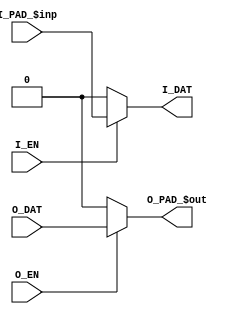
module BIDIR_CELL(
    I_PAD_$inp, I_DAT, I_EN,
    O_PAD_$out, O_DAT, O_EN
);
    (* iopad_external_pin *)
    input  wire I_PAD_$inp;
    input  wire I_EN;

    input  wire O_DAT;
    input  wire O_EN;

    (* DELAY_CONST_I_PAD_$inp="{iopath_IP_IZ}" *)
    (* DELAY_CONST_I_EN="1e-10" *)  // No timing for IE/INEN -> IZ in LIB/SDF.
    output wire I_DAT;

    (* DELAY_CONST_O_DAT="{iopath_OQI_IP}" *)
    (* DELAY_CONST_O_EN="{iopath_IE_IP}" *)
	(* iopad_external_pin *)
    output wire O_PAD_$out;
	
    specify
        (O_DAT => O_PAD_$out) = (0,0);
        (O_EN => O_PAD_$out) = (0,0);
        (I_PAD_$inp => I_DAT) = (0,0);
        (I_EN => I_DAT) = (0,0);
    endspecify

    // Parameters
    parameter [0:0] ESEL    = 0;
    parameter [0:0] OSEL    = 0;
    parameter [0:0] FIXHOLD = 0;
    parameter [0:0] WPD     = 0;
    parameter [0:0] DS      = 0;

    // Behavioral model
    assign I_DAT = (I_EN == 1'b1) ? I_PAD_$inp : 1'b0;
    assign O_PAD_$out = (O_EN == 1'b1) ? O_DAT : 1'b0;

endmodule